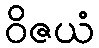
ဝိဇယံ